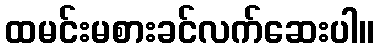
ထမင်းမစားခင်လက်ဆေးပါ။